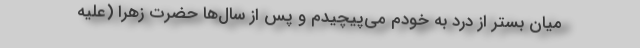
میان بستر از درد به خودم می‌پیچیدم و پس از سال‌ها حضرت زهرا (علیه